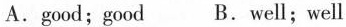
A.good;good B.well;well